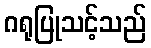
ဂရုပြုသင့်သည်